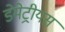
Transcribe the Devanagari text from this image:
डेमेट्रीयस